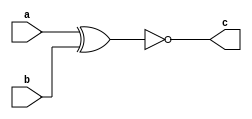
//This is for Xnor logic.
module xnor_logic(a, b, c);
input a,b;
output c;
assign c = ~(a ^ b);  // for nor logic ~(A & B)
endmodule